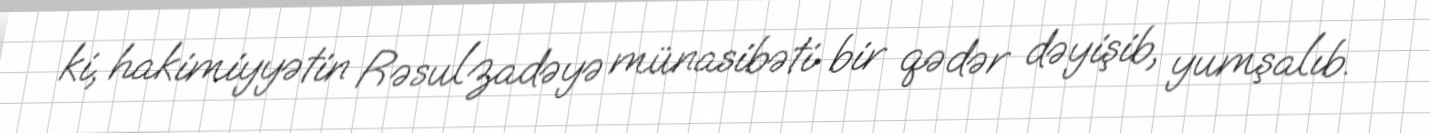
ki, hakimiyyətin Rəsulzadəyə münasibəti bir qədər dəyişib, yumşalıb.